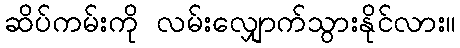
ဆိပ်ကမ်းကို လမ်းလျှောက်သွားနိုင်လား။